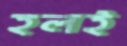
হলই